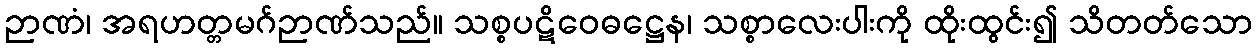
ဉာဏံ၊ အရဟတ္တမဂ်ဉာဏ်သည်။ သစ္စပဋိဝေဓဋ္ဌေန၊ သစ္စာလေးပါးကို ထိုးထွင်း၍ သိတတ်သော